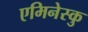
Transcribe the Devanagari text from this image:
एमिनेस्कु